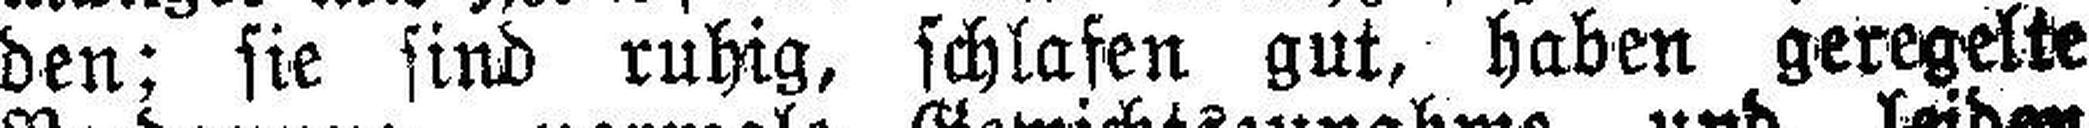
den; sie sind ruhig, schlafen gut, haben geregelte